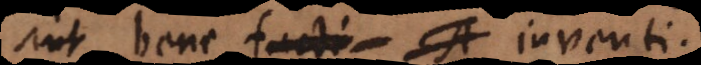
sint bene facti. A inventi.